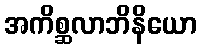
အကိစ္ဆလာဘိနိယော